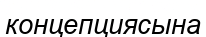
концепциясына